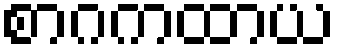
စာဂကထာယ